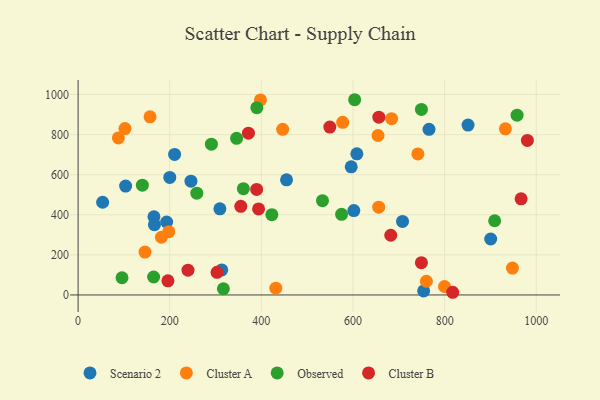
{"axis": {"x": "Distance", "y": "Rating"}, "legend": ["Cluster A", "Cluster B", "Observed", "Scenario 2"], "data": [{"x": "454.9", "y": 574.6, "type": "Scenario 2"}, {"x": "900.5", "y": 279.3, "type": "Scenario 2"}, {"x": "765.9", "y": 826.3, "type": "Scenario 2"}, {"x": "165.5", "y": 390.2, "type": "Scenario 2"}, {"x": "103.7", "y": 543.0, "type": "Scenario 2"}, {"x": "166.6", "y": 350.6, "type": "Scenario 2"}, {"x": "309.4", "y": 429.8, "type": "Scenario 2"}, {"x": "851.1", "y": 847.4, "type": "Scenario 2"}, {"x": "53.5", "y": 462.6, "type": "Scenario 2"}, {"x": "313.5", "y": 125.0, "type": "Scenario 2"}, {"x": "200.1", "y": 586.2, "type": "Scenario 2"}, {"x": "708.1", "y": 367.1, "type": "Scenario 2"}, {"x": "210.6", "y": 701.0, "type": "Scenario 2"}, {"x": "596.1", "y": 639.4, "type": "Scenario 2"}, {"x": "754.2", "y": 19.9, "type": "Scenario 2"}, {"x": "608.4", "y": 703.9, "type": "Scenario 2"}, {"x": "193.2", "y": 364.1, "type": "Scenario 2"}, {"x": "601.8", "y": 421.1, "type": "Scenario 2"}, {"x": "246.3", "y": 567.8, "type": "Scenario 2"}, {"x": "760.2", "y": 68.3, "type": "Cluster A"}, {"x": "102.3", "y": 830.1, "type": "Cluster A"}, {"x": "446.5", "y": 826.1, "type": "Cluster A"}, {"x": "181.8", "y": 288.0, "type": "Cluster A"}, {"x": "654.6", "y": 795.5, "type": "Cluster A"}, {"x": "656.1", "y": 438.0, "type": "Cluster A"}, {"x": "431.5", "y": 34.1, "type": "Cluster A"}, {"x": "398.0", "y": 973.1, "type": "Cluster A"}, {"x": "741.6", "y": 703.7, "type": "Cluster A"}, {"x": "87.9", "y": 783.5, "type": "Cluster A"}, {"x": "577.5", "y": 861.3, "type": "Cluster A"}, {"x": "932.6", "y": 828.6, "type": "Cluster A"}, {"x": "684.3", "y": 879.6, "type": "Cluster A"}, {"x": "146.0", "y": 213.8, "type": "Cluster A"}, {"x": "157.0", "y": 888.7, "type": "Cluster A"}, {"x": "799.8", "y": 42.3, "type": "Cluster A"}, {"x": "948.0", "y": 134.3, "type": "Cluster A"}, {"x": "197.9", "y": 315.9, "type": "Cluster A"}, {"x": "317.1", "y": 31.1, "type": "Observed"}, {"x": "140.2", "y": 547.7, "type": "Observed"}, {"x": "290.9", "y": 752.0, "type": "Observed"}, {"x": "909.2", "y": 370.3, "type": "Observed"}, {"x": "575.1", "y": 402.2, "type": "Observed"}, {"x": "390.1", "y": 934.1, "type": "Observed"}, {"x": "533.4", "y": 470.6, "type": "Observed"}, {"x": "958.1", "y": 896.9, "type": "Observed"}, {"x": "164.8", "y": 89.5, "type": "Observed"}, {"x": "95.8", "y": 85.9, "type": "Observed"}, {"x": "603.6", "y": 974.0, "type": "Observed"}, {"x": "422.8", "y": 400.4, "type": "Observed"}, {"x": "360.7", "y": 530.0, "type": "Observed"}, {"x": "749.3", "y": 925.4, "type": "Observed"}, {"x": "345.9", "y": 781.5, "type": "Observed"}, {"x": "259.1", "y": 507.8, "type": "Observed"}, {"x": "393.9", "y": 429.4, "type": "Cluster B"}, {"x": "682.4", "y": 297.8, "type": "Cluster B"}, {"x": "239.8", "y": 123.7, "type": "Cluster B"}, {"x": "549.4", "y": 837.4, "type": "Cluster B"}, {"x": "749.3", "y": 161.0, "type": "Cluster B"}, {"x": "389.7", "y": 526.5, "type": "Cluster B"}, {"x": "817.6", "y": 13.4, "type": "Cluster B"}, {"x": "656.4", "y": 886.7, "type": "Cluster B"}, {"x": "966.9", "y": 479.5, "type": "Cluster B"}, {"x": "303.3", "y": 113.0, "type": "Cluster B"}, {"x": "980.6", "y": 771.2, "type": "Cluster B"}, {"x": "355.1", "y": 442.1, "type": "Cluster B"}, {"x": "196.0", "y": 70.4, "type": "Cluster B"}, {"x": "371.8", "y": 807.2, "type": "Cluster B"}]}